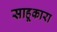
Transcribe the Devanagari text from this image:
साहूकारा